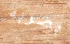
بضربه